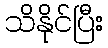
သိနိုင်ပြီး